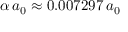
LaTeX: \alpha \, a _ { 0 } \approx 0 . 0 0 7 2 9 7 \, a _ { 0 }